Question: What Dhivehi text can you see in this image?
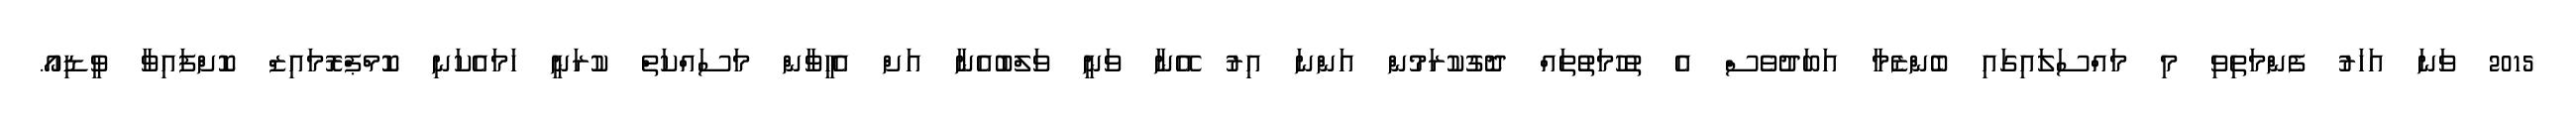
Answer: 2015 ވަނަ އަހަރު ފެންމަތިވި މި މައްސަލައިގައި ބެންޒެމާ އަބަދުވެސް އެ ތުހުމަތުތައް ދޮގުކުރަމުން އަންނަ އިރު އޭނާ ވަނީ ވަލްބުއެނާ އަށް އެހީވާން މަސައްކަތް ކުރަނީ ހަމައެކަނި ކޮމްޕްރޮމައިޒް ކޮށްފައިވާ ވީޑިއޯ.